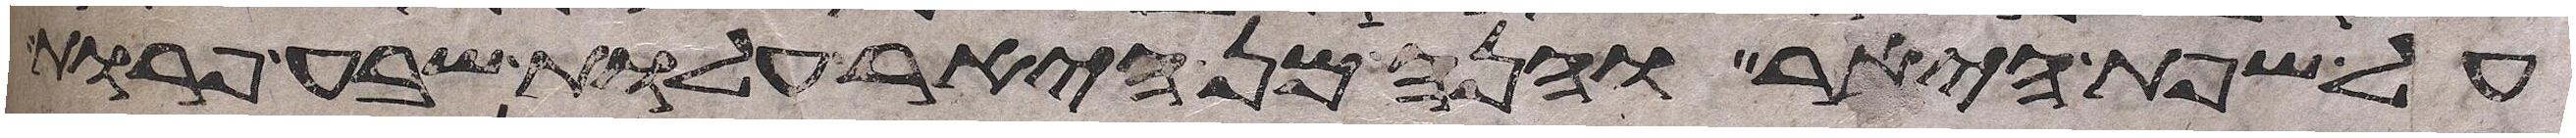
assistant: על שפת היאר והנה מן היאר עלות שבע פרות